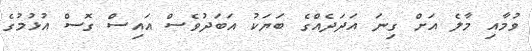
ވުމާއި މާލެ އަށް ގިނަ އަދަދެއްގެ ބަޔަކު އަބަދުވެސް އައިސް ގޮސް އުޅުމުގެ